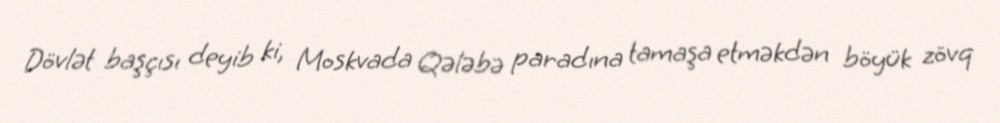
Dövlət başçısı deyib ki, Moskvada Qələbə paradına tamaşa etməkdən böyük zövq